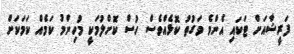
ފަރީޝާއަށް ޓަކައި އެންމެ ވަގުތު ކޮޅެއްވެސް ހުސް ކޮށްލުމަކީ މުހިންމު ކަމެއް ކަމަކަށް